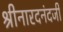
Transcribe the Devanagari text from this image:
श्रीनारदनंदजी